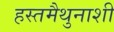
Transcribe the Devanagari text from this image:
हस्तमैथुनाशी